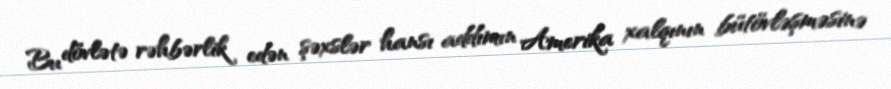
Bu dövlətə rəhbərlik edən şəxslər hansı addımın Amerika xalqının bütövləşməsinə